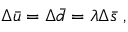
\Delta \bar { u } = \Delta \bar { d } = \lambda \Delta \bar { s } ~ ,